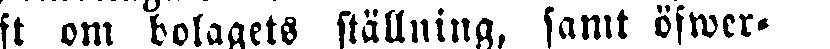
ft om bolagets ställning, samt öfwer-